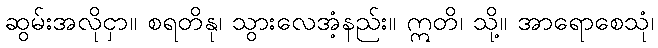
ဆွမ်းအလိုငှာ။ စရတိနု၊ သွားလေအံ့နည်း။ ဣတိ၊ သို့။ အာရောစေသုံ၊